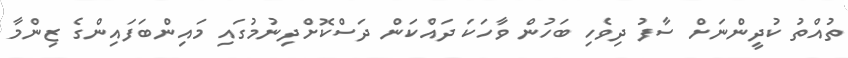
ތުއްތު ކުދީންނަށް ސާފު ދިވެހި ބަހުން ވާހަކަ ދައްކަން ދަސްކޮށްދިނުމުގައި މައިންބަފައިންގެ ޒިންމާ